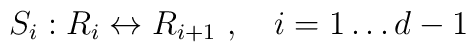
S_{i}: R_i \leftrightarrow R_{i+1}\ ,\quad i=1\dots d-1